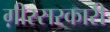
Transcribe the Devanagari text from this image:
ग़ीरसरकारी